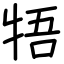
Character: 牾